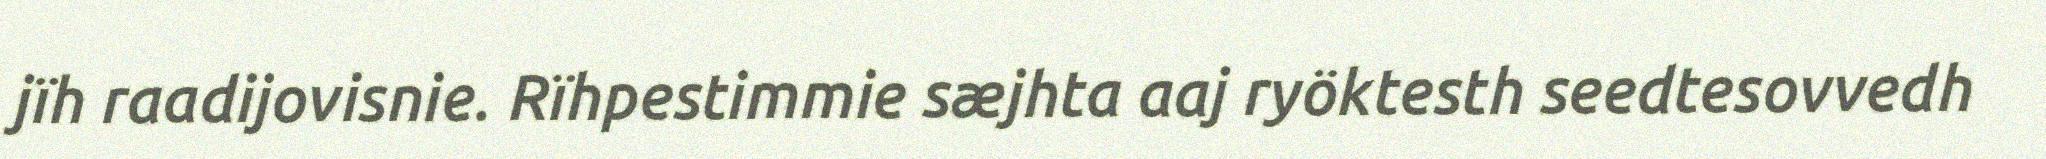
jïh raadijovisnie. Rïhpestimmie sæjhta aaj ryöktesth seedtesovvedh